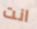
انت